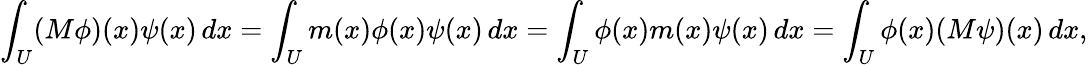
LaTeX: \int_{U}(M\phi)(x)\psi(x)\, dx=\int_{U}m(x)\phi(x)\psi(x)\, dx=\int_{U}\phi(x)m(x)\psi(x)\, dx=\int_{U}\phi(x)(M\psi)(x)\, dx,